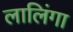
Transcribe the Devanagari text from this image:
लालिंगा